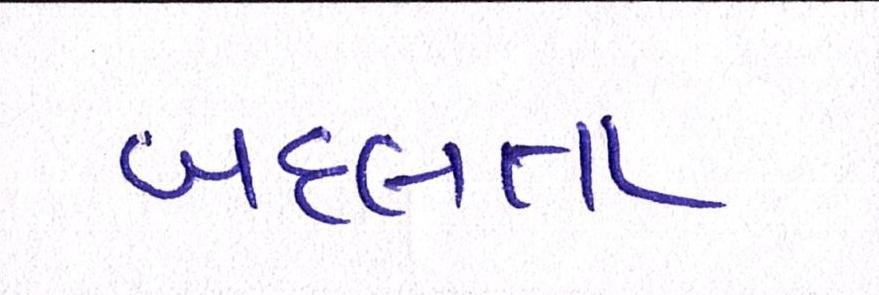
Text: બદલતા